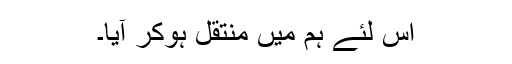
اس لئے ہم میں منتقل ہوکر آیا۔